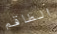
الطاقم